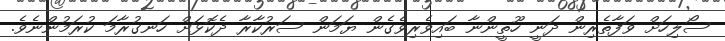
ސޯލިހަށް ވަފާތެރިން ދަނީ ހޫތީންނާ ބައިވެެރިވެގެން ޔަމަން ސަރުކާރާ ދެކޮޅަށް ހަނގުރާމަ ކުރަމުންނެވެ.